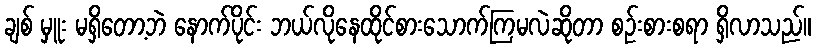
ချစ် မှူး မရှိတော့ဘဲ နောက်ပိုင်း ဘယ်လိုနေထိုင်စားသောက်ကြမလဲဆိုတာ စဉ်းစားစရာ ရှိလာသည်။